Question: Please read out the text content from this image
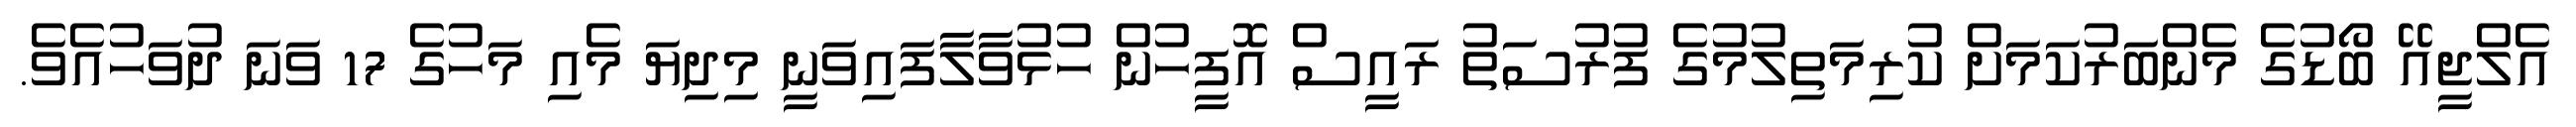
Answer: އެލްޖީއޭ ބޯޑުގެ މެންބަރުކަމަށް ކުރިމަތިލުމުގެ ފުރުސަތު ރައީސް އޮފީހުން ހުޅުވާލާފައިވަނީ މިދިޔަ މެއި މަހުގެ 17 ވަނަ ދުވަހުއެވެ.